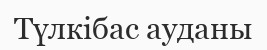
Түлкібас ауданы